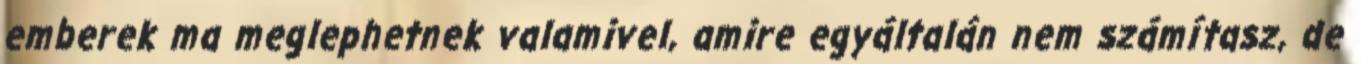
emberek ma meglephetnek valamivel, amire egyáltalán nem számítasz, de